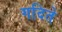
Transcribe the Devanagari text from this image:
गदिते